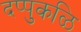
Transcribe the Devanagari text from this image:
दप्पुकळि